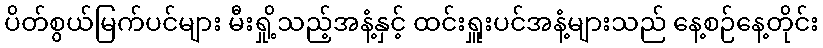
ပိတ်စွယ်မြက်ပင်များ မီးရှို့သည့်အနံ့နှင့် ထင်းရှူးပင်အနံ့များသည် နေ့စဉ်နေ့တိုင်း